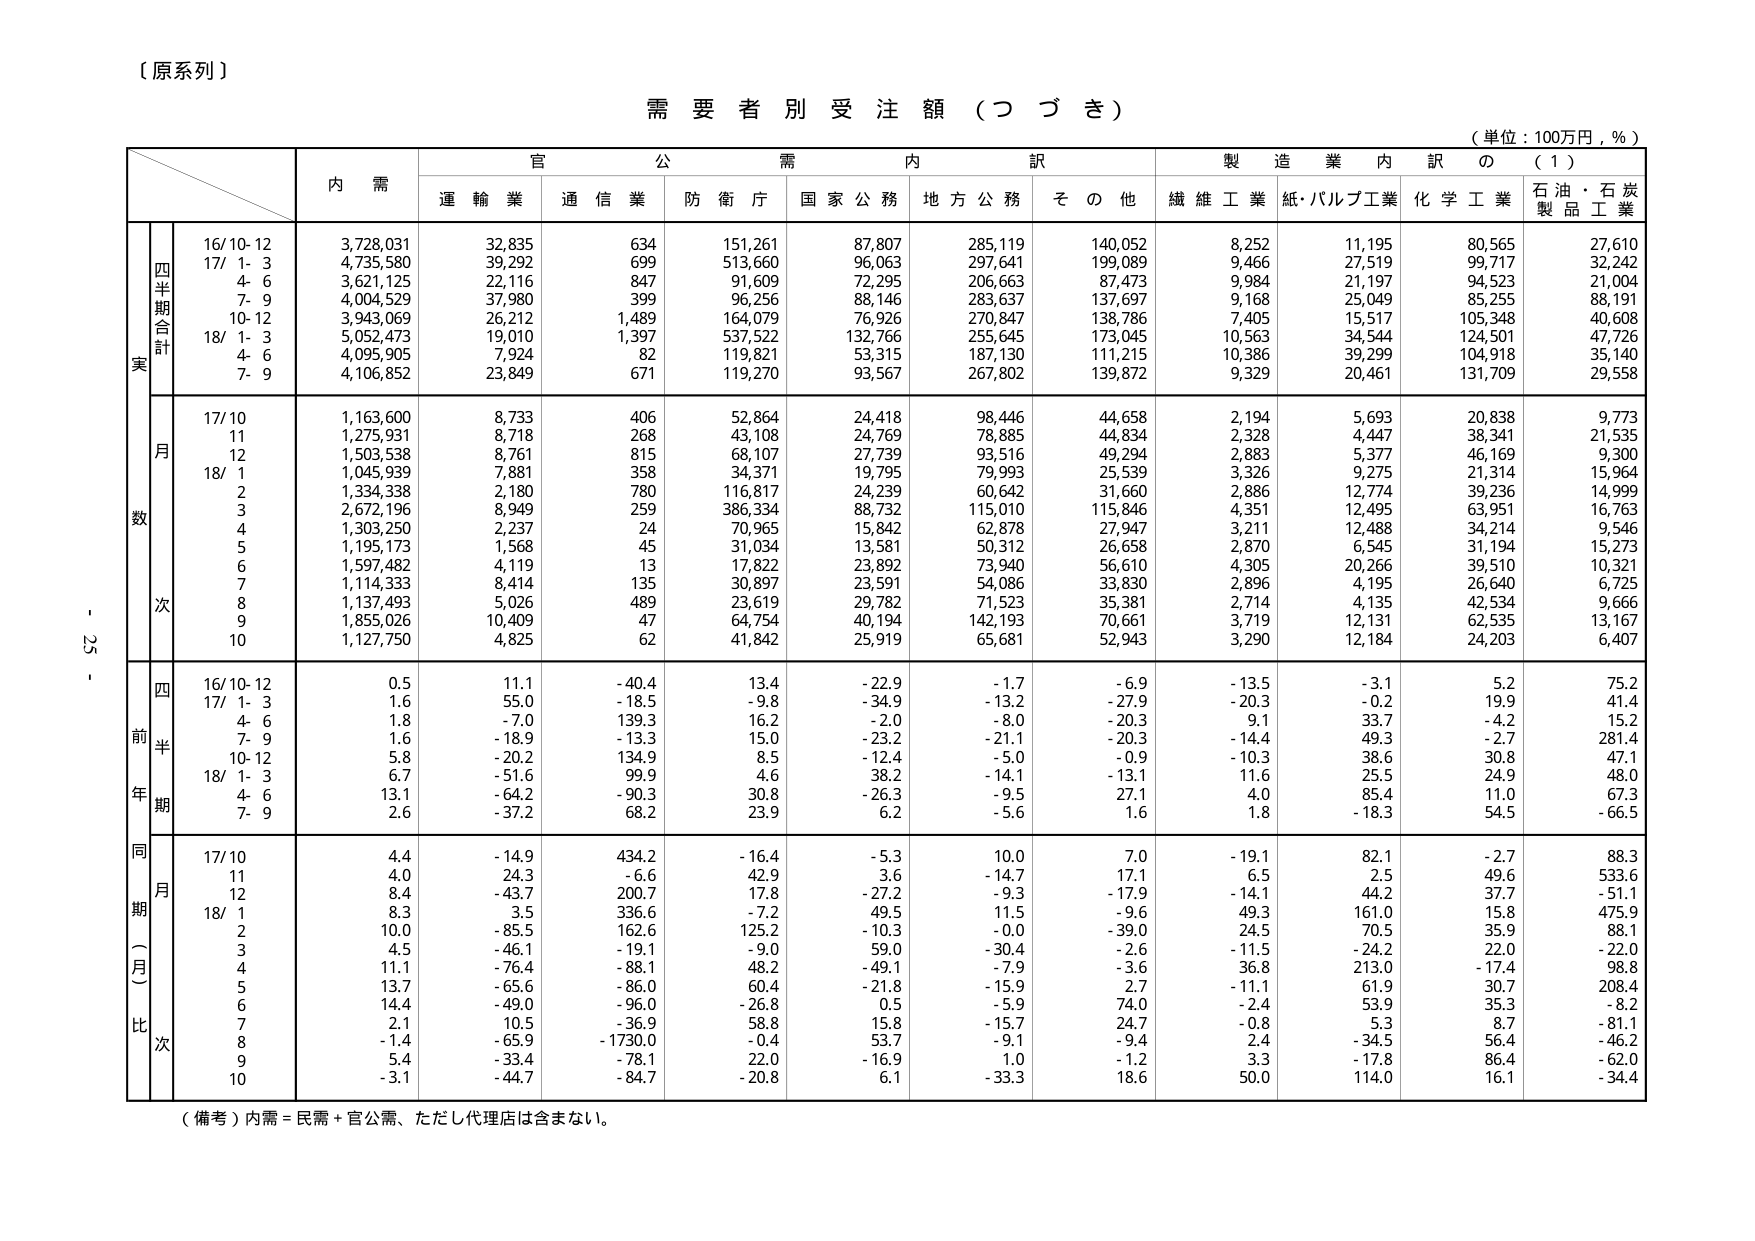
【原系列】

需要者別受注額（つづき）

（単位：100万円，％）

内 需
官 公 需
内 訳
製 造 業 内 訳 の （１）
運 輸 業
通 信 業
防 衛 庁
国 家 公 務
地 方 公 務
そ の 他
繊 維 工 業
紙・パルプ工業
化 学 工 業
石 油・石 炭 製 品 工 業

四半期合計
実
16/10-12
3,728,031
32,835
634
151,261
87,807
285,119
140,052
8,252
11,195
80,565
27,610
17/ 1- 3
4,735,580
39,292
699
513,660
96,063
297,641
199,089
9,466
27,519
99,717
32,242
4- 6
3,621,125
22,116
847
91,609
72,295
206,663
87,473
9,984
21,197
94,523
21,004
7- 9
4,004,529
37,980
399
96,256
88,146
283,637
137,697
9,168
25,049
85,255
88,191
10-12
3,943,069
26,212
1,489
164,079
76,926
270,847
138,786
7,405
15,517
105,348
40,608
18/ 1- 3
5,052,473
19,010
1,397
537,522
132,766
255,645
173,045
10,563
34,544
124,501
47,726
4- 6
4,095,905
7,924
82
119,821
53,315
187,130
111,215
10,386
39,299
104,918
35,140
7- 9
4,106,852
23,849
671
119,270
93,567
267,802
139,872
9,329
20,461
131,709
29,558

月
数
17/10
1,163,600
8,733
406
52,864
24,418
98,446
44,658
2,194
5,693
20,838
9,773
11
1,275,931
8,718
268
43,108
24,769
78,885
44,834
2,328
4,447
38,341
21,535
12
1,503,538
8,761
815
68,107
27,739
93,516
49,294
2,883
5,377
46,169
9,300
18/ 1
1,045,939
7,881
358
34,371
19,795
79,993
25,539
3,326
9,275
21,314
15,964
2
1,334,338
2,180
780
116,817
24,239
60,642
31,660
2,886
12,774
39,236
14,999
3
2,672,196
8,949
259
386,334
88,732
115,010
115,846
4,351
12,495
63,951
16,763
4
1,303,250
2,237
24
70,965
15,842
62,878
27,947
3,211
12,488
34,214
9,546
5
1,195,173
1,568
45
31,034
13,581
50,312
26,658
2,870
6,545
31,194
15,273
6
1,597,482
4,119
13
17,822
23,892
73,940
56,610
4,305
20,266
39,510
10,321
7
1,114,333
8,414
135
30,897
23,591
54,086
33,830
2,896
4,195
26,640
6,725
8
1,137,493
5,026
489
23,619
29,782
71,523
35,381
2,714
4,135
42,534
9,666
9
1,855,026
10,409
47
64,754
40,194
142,193
70,661
3,719
12,131
62,535
13,167
10
1,127,750
4,825
62
41,842
25,919
65,681
52,943
3,290
12,184
24,203
6,407

四
前
半
年
期
16/10-12
0.5
11.1
-40.4
13.4
-22.9
-1.7
-6.9
-13.5
-3.1
5.2
75.2
17/ 1- 3
1.6
55.0
-18.5
-9.8
-34.9
-13.2
-27.9
-20.3
-0.2
19.9
41.4
4- 6
1.8
-7.0
139.3
16.2
-2.0
-8.0
-20.3
9.1
33.7
-4.2
15.2
7- 9
1.6
-18.9
-13.3
15.0
-23.2
-21.1
-20.3
-14.4
49.3
-2.7
281.4
10-12
5.8
-20.2
134.9
8.5
-12.4
-5.0
-0.9
-10.3
38.6
30.8
47.1
18/ 1- 3
6.7
-51.6
99.9
4.6
38.2
-14.1
-13.1
11.6
25.5
24.9
48.0
4- 6
13.1
-64.2
-90.3
30.8
-26.3
-9.5
27.1
4.0
85.4
11.0
67.3
7- 9
2.6
-37.2
68.2
23.9
6.2
-5.6
1.6
1.8
-18.3
54.5
-66.5

同期（一月）比
次
17/10
4.4
-14.9
434.2
-16.4
-5.3
10.0
7.0
-19.1
82.1
-2.7
88.3
11
4.0
24.3
-6.6
42.9
3.6
-14.7
17.1
6.5
2.5
49.6
533.6
12
8.4
-43.7
200.7
17.8
-27.2
-9.3
-17.9
-14.1
44.2
37.7
-51.1
18/ 1
8.3
3.5
336.6
-7.2
49.5
11.5
-9.6
49.3
161.0
15.8
475.9
2
10.0
-85.5
162.6
125.2
-10.3
-0.0
-39.0
24.5
70.5
35.9
88.1
3
4.5
-46.1
-19.1
-9.0
59.0
-30.4
-2.6
-11.5
-24.2
-22.0
-22.0
4
11.1
-76.4
-88.1
48.2
-49.1
-7.9
-3.6
36.8
213.0
-17.4
98.8
5
13.7
-65.6
-86.0
60.4
-21.8
-15.9
2.7
-11.1
61.9
30.7
208.4
6
14.4
-49.0
-96.0
-26.8
0.5
-5.9
74.0
-2.4
53.9
35.3
-8.2
7
2.1
10.5
-36.9
58.8
15.8
-15.7
24.7
-0.8
5.3
8.7
-81.1
8
-1.4
-65.9
-1730.0
-0.4
53.7
-9.1
-9.4
2.4
-34.5
56.4
-46.2
9
5.4
-33.4
-78.1
22.0
-16.9
1.0
-1.2
3.3
-17.8
86.4
-62.0
10
-3.1
-44.7
-84.7
-20.8
6.1
-33.3
18.6
50.0
114.0
16.1
-34.4

（備考）内需＝民需＋官公需、ただし代理店は含まない。